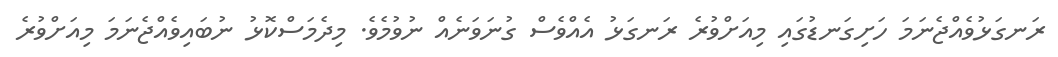
ރަނގަޅުވެއްޖެނަމަ ހަށިގަނޑުގައި މިއަށްވުރެ ރަނގަޅު އެއްވެސް ގުނަވަނެއް ނުވުމެވެ. މިދެމަސްކޮޅު ނުބައިވެއްޖެނަމަ މިއަށްވުރެ